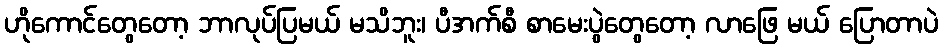
ဟိုကောင်တွေတော့ ဘာလုပ်ပြမယ် မသိဘူး၊ ပီအက်စီ စာမေးပွဲတွေတော့ လာဖြေ မယ် ပြောတာပဲ